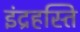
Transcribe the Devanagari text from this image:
इंद्रहस्ति